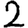
Digit: 2